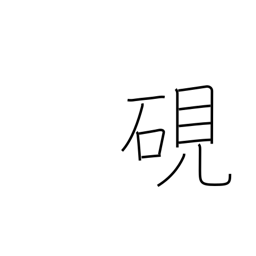
Meaning: inkstone